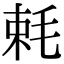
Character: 𣭵